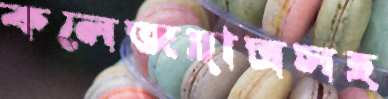
কলেজছাত্রসহ